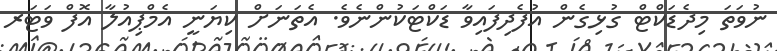
ނުވަތަ މިދެޑަކްޓް ގުޅިގެން އުފެދިފައިވާ ޑަކްޓަކުންނެވެ. އެތަނަށް ކިޔަނީ އެމްޕިއުލާ އޮފް ވަޓަރ